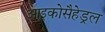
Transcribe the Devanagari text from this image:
आइकोसैहेड्रल